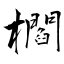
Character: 櫩